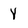
Character: y